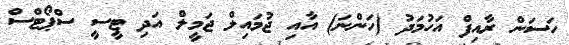
ހަސަން ރާއިފް އަހުމަދު (ހަންނަ) އާއި ޖުމައިލް ޖަމީލް އަދި ޓީސީ ސްޕޯޓްސް